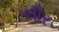
લૌર